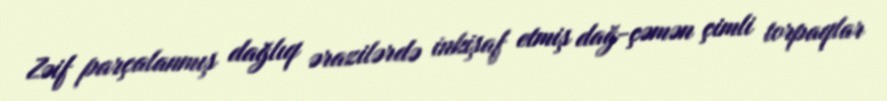
Zəif parçalanmış dağlıq ərazilərdə inkişaf etmiş dağ-çəmən çimli torpaqlar